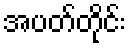
အပတ်တိုင်း